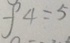
f 4 = 5